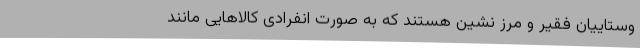
وستاییان فقیر و مرز نشین هستند که به صورت انفرادی کالاهایی مانند